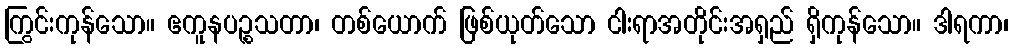
ကြွင်းကုန်သော။ ဧကူနပဉ္စသတာ၊ တစ်ယောက် ဖြစ်ယုတ်သော ငါးရာအတိုင်းအရှည် ရှိကုန်သော။ ဒါရကာ၊